Civil Veterinary Department. United Provinces 1932-42 - 1932-1942
Year: 1932
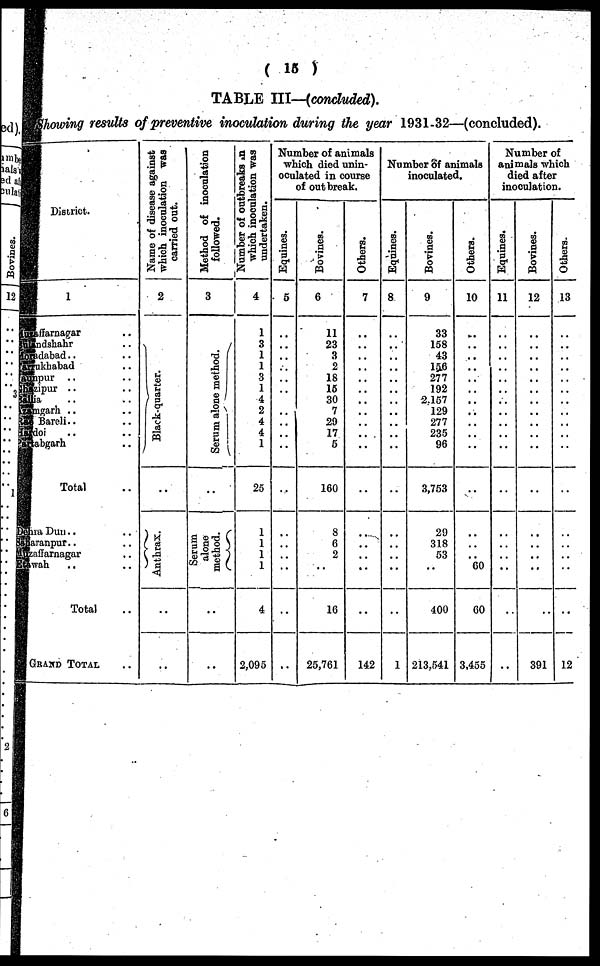
(15)
TABLE III—(concluded),
showing results of preventive inoculation during the year 1931-32—(concluded).
District.
1
Muzffarnagar .. ..
Bulandshahr .. ..
Muradabad .. ..
Farukhabad .. ..
Saharnpur .. ..
Ghazipur .. ..
Ballia .. ..
Azamgarh
.. ..
Rai Bareli.. ..
Hardoi .. ..
Pratabgarh ..
Total ..
Dehra Dun .. ..
aranpur.. ..
Muzaffarnagar .. ..
Etawah .. ..
Total ..
GRAND TOTAL ..
Name of disease against
which inoculation was
carried out.
2
Bl ack- quar t
er .
..
Anthrax.
..
..
Method of inoculation
followed.
3
Se r
um alone method.
..
Serum
alone
method.
..
..
Number of outbreaks in
which inoculation was
undertaken.
4
1
3
1
1
3
1
4
2
4
4
1
25
1
1
1
1
4
2,095
Number of animals
which died unin-
oculated in course
of outbreak.
Equi nes .
5
..
..
..
..
..
..
..
..
..
..
..
..
..
..
..
..
..
..
Bovi nes .
6
11
23
3
2
18
15
30
7
29
17
5
160
8
6
2
..
16
25,761
Ot her s .
7
..
..
..
..
..
..
..
..
..
..
..
..
..
..
..
..
..
142
Number of animals
inoculated.
Equines.
8
..
..
..
..
..
..
..
...
..
..
..
..
..
..
..
..
..
1
Bovines.
9
33
158
43
156
277
192
2.157
129
277
235
96
3,753
29
318
53
..
400
213.541
Ot her s .
10
..
..
..
..
..
..
..
..
..
..
..
..
..
..
..
60
60
3.455
Number of
animals which
died after
inoculation.
Equines.
11
..
..
..
..
..
..
..
..
..
..
..
..
..
..
..
..
..
Bovi nes .
12
..
..
..
..
..
..
..
..
..
..
..
..
..
..
..
..
..
391
Ot her s .
13
..
..
...
..
...
..
..
..
..
..
..
..
..
..
..
..
..
12